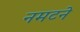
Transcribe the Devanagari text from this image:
नमटने